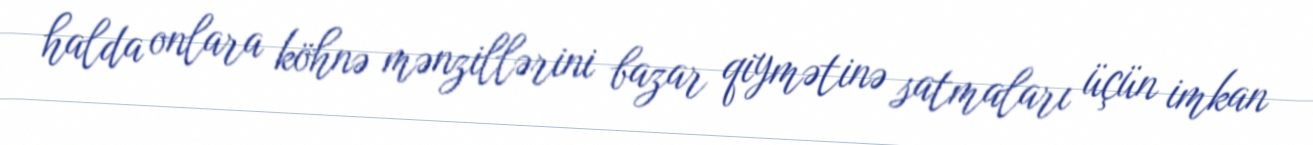
halda onlara köhnə mənzillərini bazar qiymətinə satmaları üçün imkan